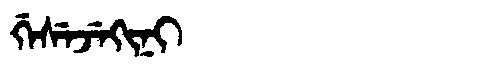
Manchu: ᡤᡝᠰᡝᠵᡝᡴᡳᠨᡳ
Romanization: GESEJEKINI